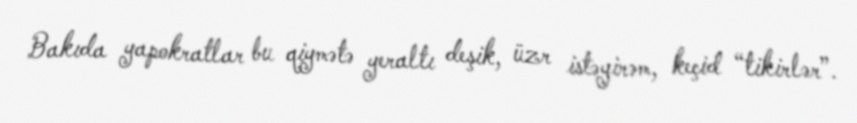
Bakıda yapokratlar bu qiymətə yeraltı deşik, üzr istəyirəm, keçid “tikirlər”.